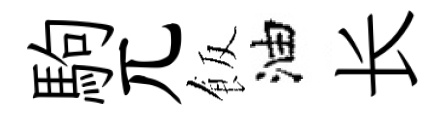
駒兀飯油长